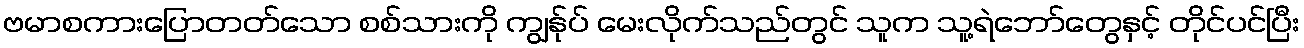
ဗမာစကားပြောတတ်သော စစ်သားကို ကျွန်ုပ် မေးလိုက်သည်တွင် သူက သူ့ရဲဘော်တွေနှင့် တိုင်ပင်ပြီး